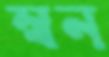
স্বন